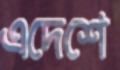
এদেশে